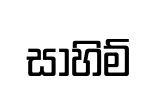
සාහිම්